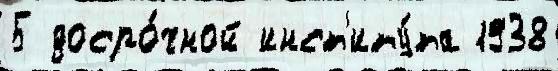
5 досро́чной инст'иту́та 1938